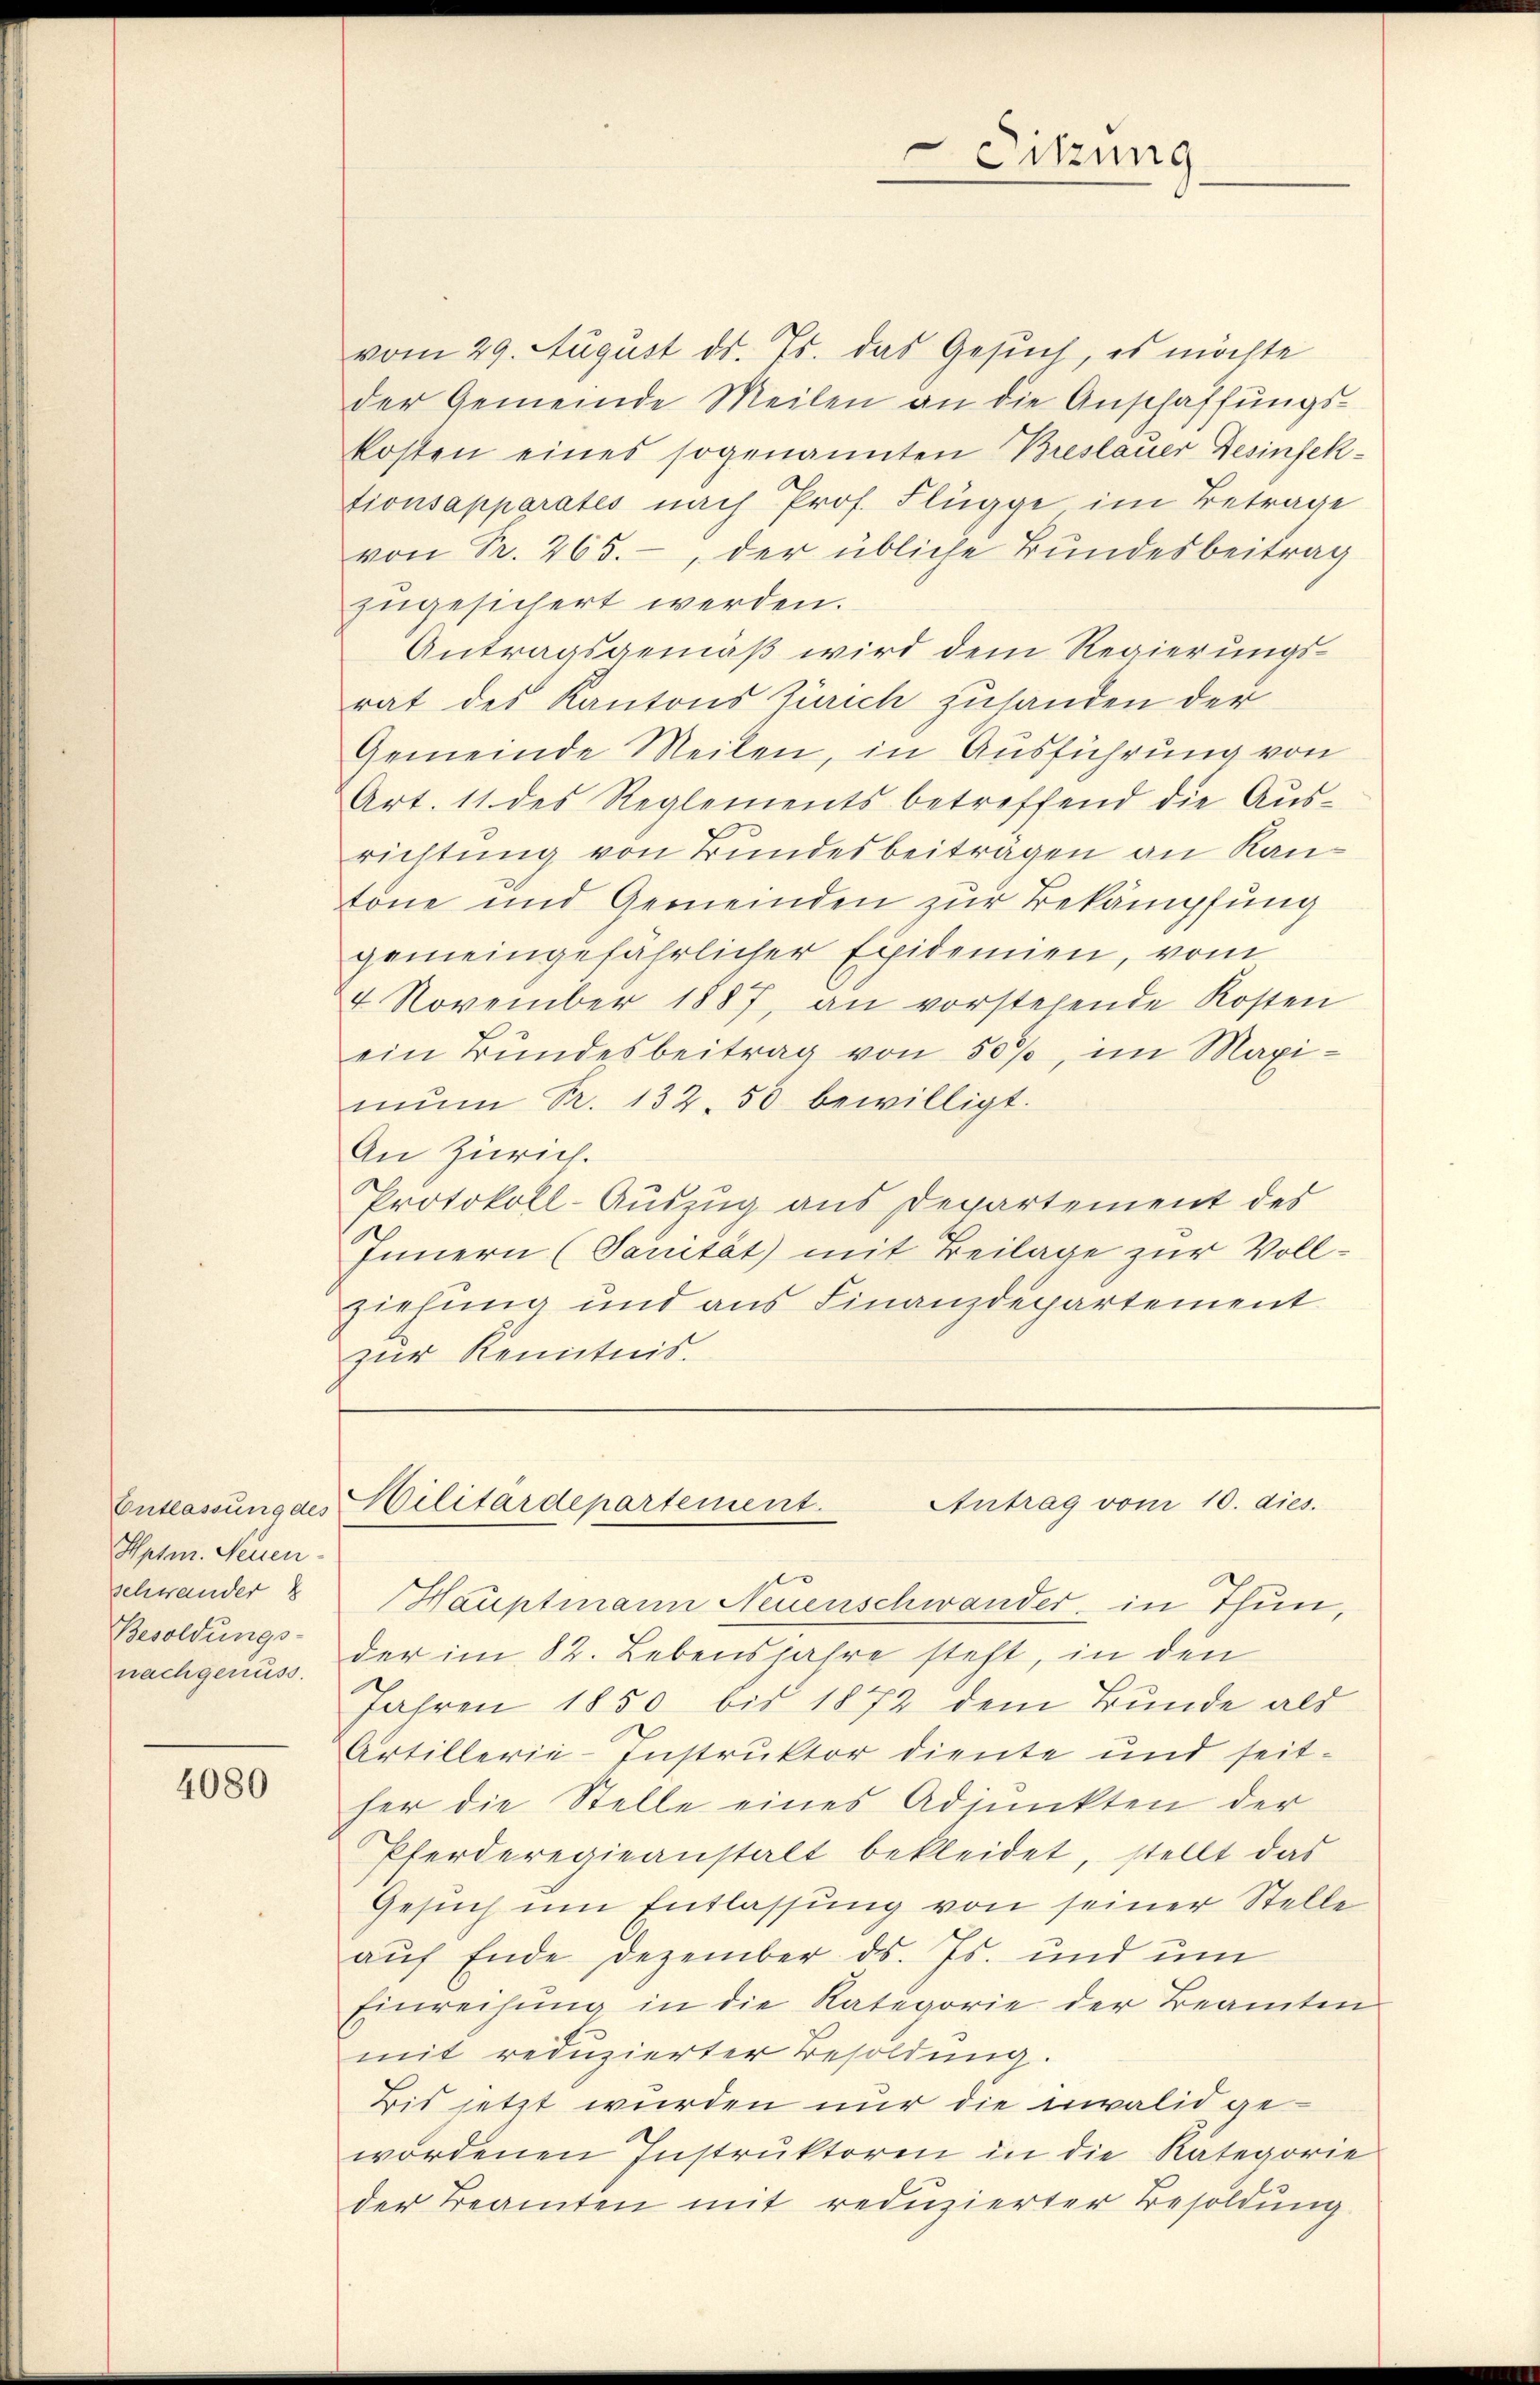
Hptm. Neuen-
Schwander
Besoldungs-
nachgenuss.

4080

Sitzung

Entlassŭng des Militärdepartement. Antrag vom 10. dies.

vom 29. August ds. Js. das Gesuch, es möchte
der Gemeinde Meilen an die Anschaffungskosten eines sogenannten Breslauer Gesinfektionsapparates nach Prof. Flügge im Betrage
von Pr. 265. der übliche Bundesbeitrag
zugesichert werden.
Antragsgemäß wird dem Regierungsrat des Kantons Zürich zusanden der
Gemeinde Meilen, in Ausführung von
Art. 11 des Reglements betreffend die Ausrichtung von Bundesbeiträgen an Kantöne und Gemeinden zur Bekämpfung
gemeingefährlicher Expidemien, vom
4. November 1887, an vorstehende Kosten
ein Bundesbeitrag von 50%, im Maxi-
mŭm R. 132. 50 bewilligt.
An Zürich.
Protokoll-Auszug aus Departement des
Innern (Sanität) mit Beilage zur Vollziehung und aus Finanzdepartement
zur Kenntnis.

Hauptmann Neuenschwander in Thun,
der im 82. Lebensjahre steht, in den
Jahren 1850 bis 1872 dem Bunde als
Artillerie-Instruktor diente und seither die Stelle eines Adjunkten der
Pferderegieanstalt bekleidet, stellt das
Gesuch um Entlassung von seiner Stelle
aŭf Ende Dezember ds. Js. und um
Einreisung in die Kategorie der Beamten
mit reduzierter Besoldung.
Bis jetzt wurden nur die invalid gewordenen Instrŭktoren in die Kategorie
der Beamten mit reduzierter Besoldung